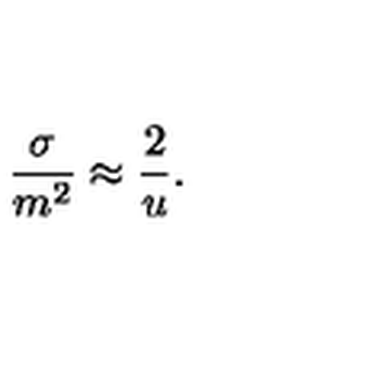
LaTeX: \frac { \sigma } { m ^ { 2 } } \approx \frac { 2 } { u } .